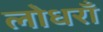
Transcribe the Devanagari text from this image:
लोधराँ